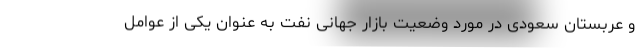
و عربستان سعودی در مورد وضعیت بازار جهانی نفت به عنوان یکی از عوامل